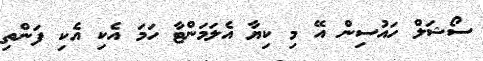
ސޯޝަލް ހައުސިން އޭ މި ކިޔާ އެލަމަންޓާ ހަމަ އެކި އެކި ފަންތި